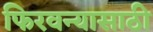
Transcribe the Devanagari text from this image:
फिरवन्यासाठी